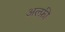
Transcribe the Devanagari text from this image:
अल्फ़ी